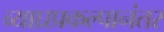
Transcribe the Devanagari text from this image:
व्याघ्रप्रकल्पानंतर